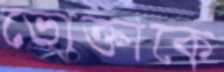
ভোক্তাকে